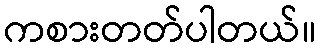
ကစားတတ်ပါတယ်။